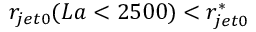
r _ { j e t 0 } ( L a < 2 5 0 0 ) < r _ { j e t 0 } ^ { * }